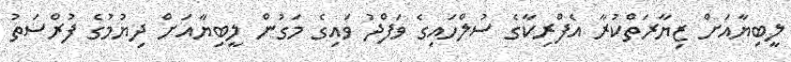
ލީބިޔާއަށް ޒިޔާރަތްކުރާ އެފްރިކާގެ ސުލްހައިގެ ވަފްދު ވައިގެ މަގުން ލީބިޔާއަށް ދިޔުމުގެ ފުރްސަތު